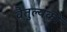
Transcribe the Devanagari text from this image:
वैतुल्यकों